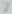
Text: 7